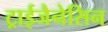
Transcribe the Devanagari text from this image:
ट्राईजैनेसिन